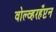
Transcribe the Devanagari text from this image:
वोल्व्हरहँप्टन